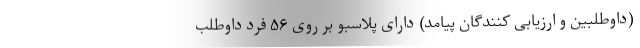
(داوطلبین و ارزیابی کنندگان پیامد) دارای پلاسبو بر روی ۵۶ فرد داوطلب